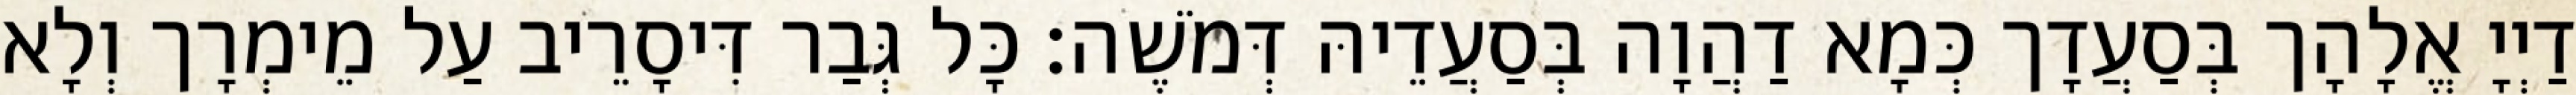
דַיְיָ אֱלָהָך בְּסַעֲדָך כְּמָא דַהֲוָה בְּסַעֲדֵיהּ דְּמֹשֶׁה׃ כָּל גְּבַר דִּיסָרֵיב עַל מֵימְרָך וְלָא